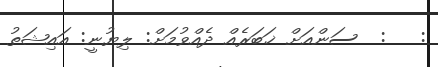
:   :  ސަންއަށް ޚަބަރެއް ދެއްވުމަށް: ލިޔުނީ: އައިޝަތު